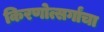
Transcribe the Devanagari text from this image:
किरणोत्सर्गांचा